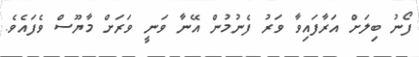
ފޯނު ބިލަށް އަރާފައިވާ ވަރު ފެނުމުން އޭނާ ވަނީ ވަރަށް މާޔޫސް ވެފައެވެ.